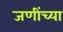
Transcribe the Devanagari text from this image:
जणींच्या